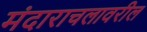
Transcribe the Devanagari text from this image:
मंदाराचलावरील